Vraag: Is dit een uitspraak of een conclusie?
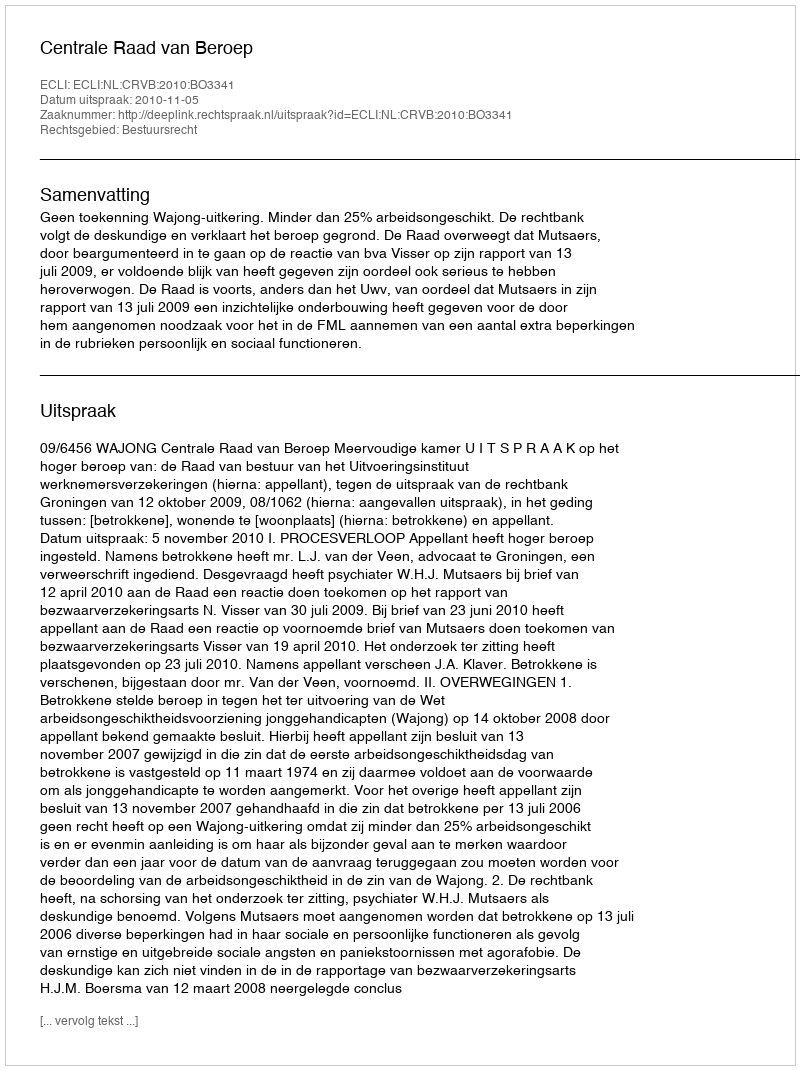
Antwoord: Uitspraak